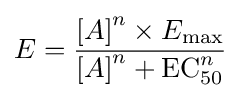
E={\frac {{[A]}^{n}\times {E_{\mathrm {max} }}}{{[A]}^{n}+\mathrm {EC} _{50}^{n}}}